Document type: Community of property
Year: 1312
Scribe: Pere Amorós
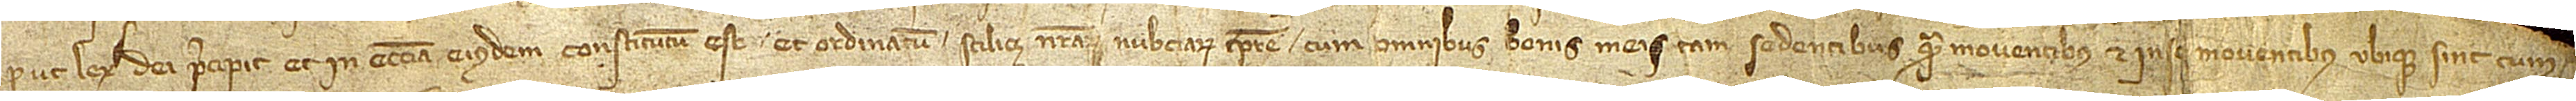
prout lex Dei percipit et in Ecclesia eiusdem constitutus est et ordinatum, scilicet nostrarum nubciarum tempore, cum omnibus bonis meis, tam sedentibus quam moventibus et in se moventibus, ubique sint, cum